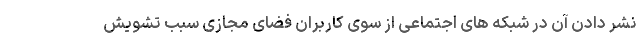
نشر دادن آن در شبکه های اجتماعی از سوی کاربران فضای مجازی سبب تشویش